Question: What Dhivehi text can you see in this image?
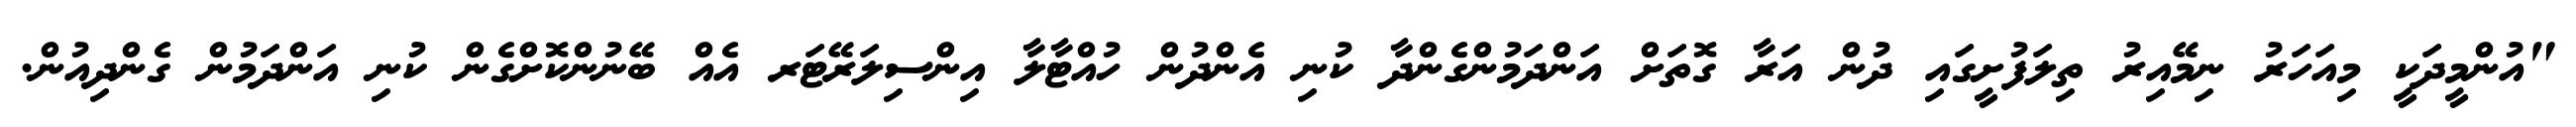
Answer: "އުންމީދަކީ މިއަހަރު ނިމޭއިރު ތިލަފުށީގައި ދުން އަރާ ގޮތަށް އަންދަމުންގެންދާ ކުނި އެންދުން ހުއްޓާލާ އިންސިލަރޭޓަރ އެއް ބޭނުންކޮށްގެން ކުނި އަންދަމުން ގެންދިއުން.